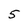
Character: 5